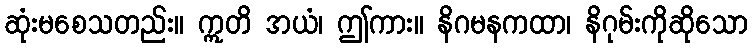
ဆုံးမစေသတည်း။ ဣတိ အယံ၊ ဤကား။ နိဂမနကထာ၊ နိဂုမ်းကိုဆိုသော